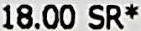
18.00 SR*